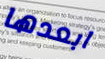
ابعدها